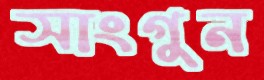
সাংগুন